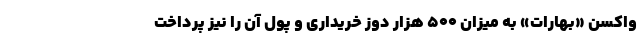
واکسن «بهارات» به میزان ۵۰۰ هزار دوز خریداری و پول آن را نیز پرداخت